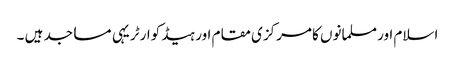
اسلام اور مسلمانوں کا مرکزی مقام اور ہیڈ کوارٹر یہی مساجد ہیں ۔